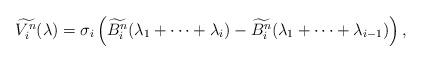
LaTeX: \begin{align*}\widetilde{V^{n}_i}(\lambda)=\sigma_i\left(\widetilde{B^n_i}(\lambda_1+\dots+\lambda_i)-\widetilde{B^n_i}(\lambda_1+\dots+\lambda_{i-1})\right),\end{align*}